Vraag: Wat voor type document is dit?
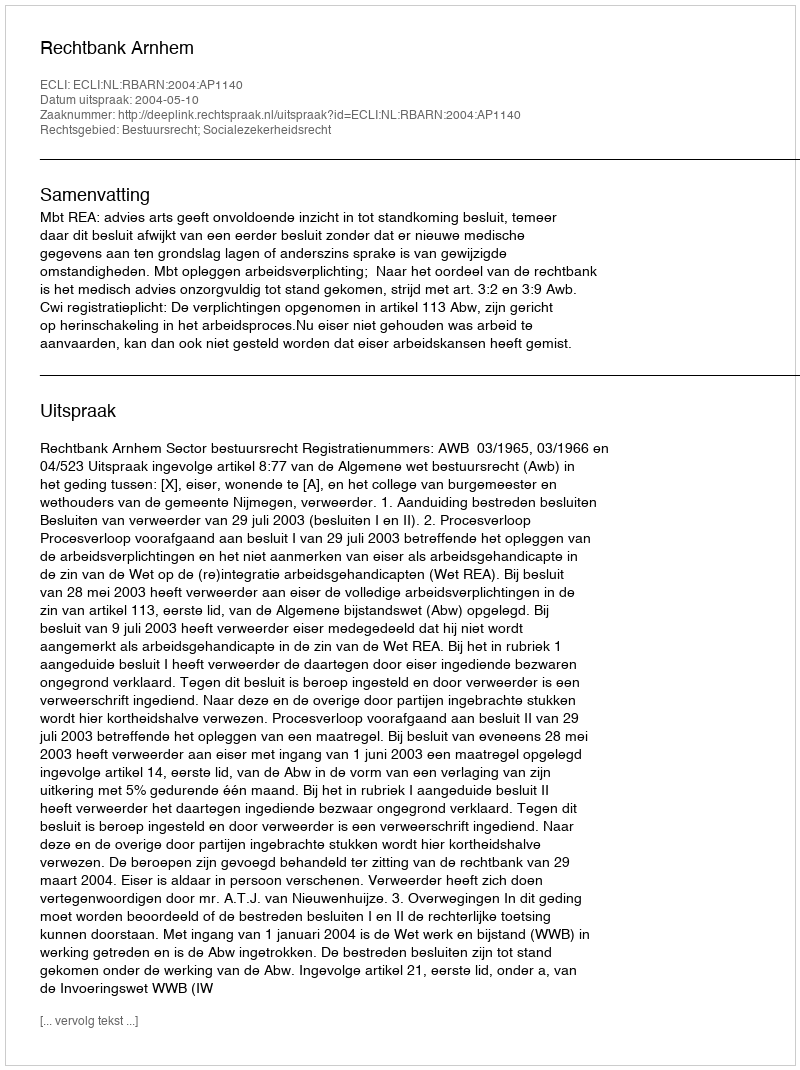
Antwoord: Uitspraak